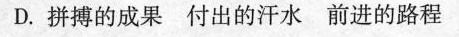
D.拼搏的成果 付出的汗水 前进的路程